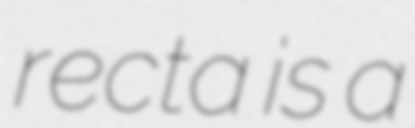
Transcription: recta is a